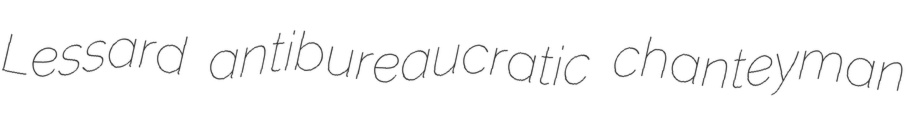
Lessard antibureaucratic chanteyman